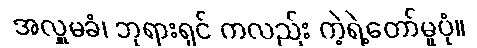
အလှူမခံ၊ ဘုရားရှင် ကလည်း ကဲ့ရဲ့တော်မူပုံ။